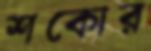
শকোর